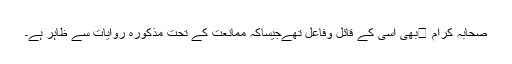
صحابہ کرام بھی اسی کے قائل وفاعل تھےجیساکہ ممانعت کے تحت مذکورہ روایات سے ظاہر ہے۔